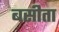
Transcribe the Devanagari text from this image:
बसीता